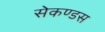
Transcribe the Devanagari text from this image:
सेकण्डस